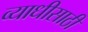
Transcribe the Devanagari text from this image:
व्याधीसाठी